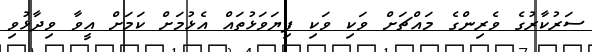
ސަރުކާރުގެ ވެރިންގެ މައްޗަށް ވަކި ވަކި ފިޔަވަޅުތައް އެޅުމަށް ކަމަށް އީވާ ވިދާޅުވި